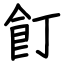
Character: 飣